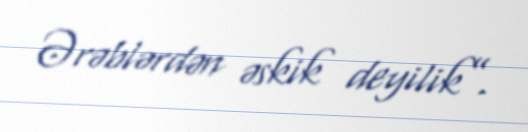
Ərəblərdən əskik deyilik”.